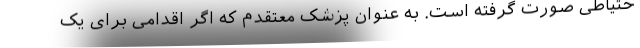
حتیاطی صورت گرفته است. به عنوان پزشک معتقدم که اگر اقدامی برای یک